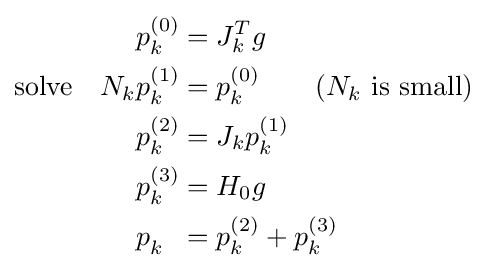
{\begin{aligned}p_{k}^{(0)}&=J_{k}^{T}g\\{\text{solve}}\quad N_{k}p_{k}^{(1)}&=p_{k}^{(0)}\quad \quad {\text{(}}N_{k}{\text{ is small)}}\\p_{k}^{(2)}&=J_{k}p_{k}^{(1)}\\p_{k}^{(3)}&=H_{0}g\\p_{k}^{\phantom {(4)}}&=p_{k}^{(2)}+p_{k}^{(3)}\end{aligned}}